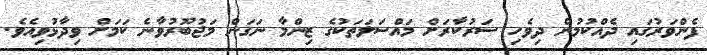
ފެންވަރުގައި ދެއްކުމުން ދިވެހި ސަރުކާރަށް މައްސަލަތަކުގެ ޒިންމާ ނަގަން މަޖުބޫރުވާނެ ކަމަށް ވިދާޅުވިއެވެ.